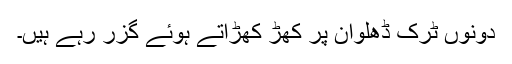
دونوں ٹرک ڈھلوان پر کھڑ کھڑاتے ہوئے گزر رہے ہیں۔